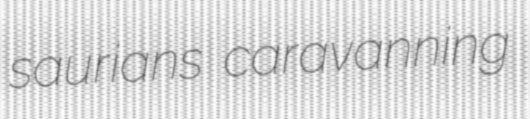
saurians caravanning